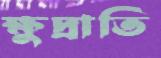
ক্ষুদ্রাতি